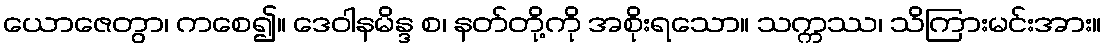
ယောဇေတွာ၊ ကစေ၍။ ဒေဝါနမိန္ဒ စ၊ နတ်တို့ကို အစိုးရသော။ သက္ကဿ၊ သိကြားမင်းအား။